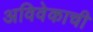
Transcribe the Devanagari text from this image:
अविवेकाची